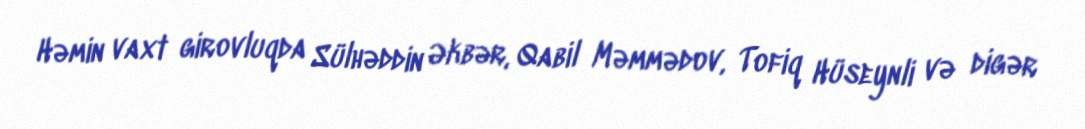
Həmin vaxt girovluqda Sülhəddin Əkbər, Qabil Məmmədov, Tofiq Hüseynli və digər